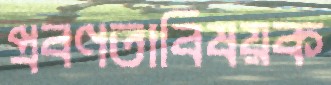
প্রবণতাবিষয়ক